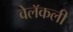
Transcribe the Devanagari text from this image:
वेलॅकली